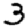
Digit: 3